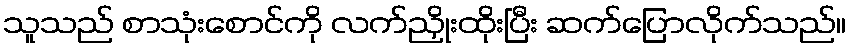
သူသည် စာသုံးစောင်ကို လက်ညှိုးထိုးပြီး ဆက်ပြောလိုက်သည်။